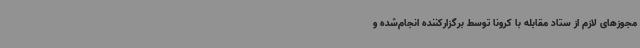
مجوزهای لازم از ستاد مقابله با کرونا توسط برگزارکننده انجام‌شده و